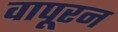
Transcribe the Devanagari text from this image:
वापूरन